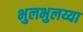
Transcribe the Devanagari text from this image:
भुलभुलय्या